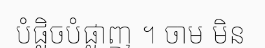
បំផ្លិចបំផ្លាញ ។ ចាម មិន